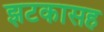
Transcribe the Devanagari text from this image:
झटकासह